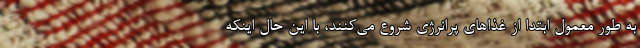
به طور معمول ابتدا از غذاهای پرانرژی شروع می‌کنند، با این حال اینکه